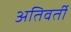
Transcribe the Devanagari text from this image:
अतिवर्ती